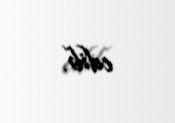
edib.